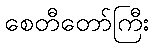
စေတီတော်ကြီး